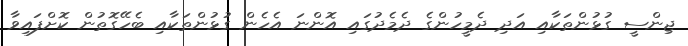
ޖިންސީ ގުޅުންތަކާއި އަދި ދެމީހުންގެ ދެމެދުގައި އޮންނަ އެހެން ގުޅުންތަކާއި ބެހޭގޮތުން ކޮށްފައިވާ